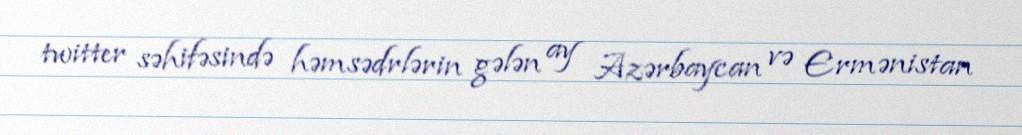
twitter səhifəsində həmsədrlərin gələn ay Azərbaycan və Ermənistan